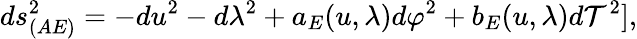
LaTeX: ds_{(AE)}^{2}=-du^{2}-d\lambda^{2}+a_{E}(u,\lambda)d\varphi^{2}+b_{E}(u,\lambda)d\mathcal{T}^{2}],